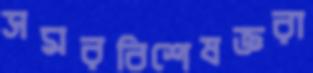
সমরবিশেষজ্ঞরা